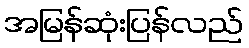
အမြန်ဆုံးပြန်လည်